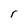
Character: r